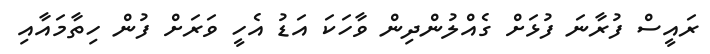
ރައީސް ފުރާނަ ފުޅަށް ގެއްލުންދިން ވާހަކަ އަޑު އެހީ ވަރަށް ފުން ހިތާމައާއި